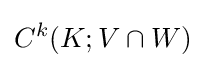
C^{k}(K;V\cap W)